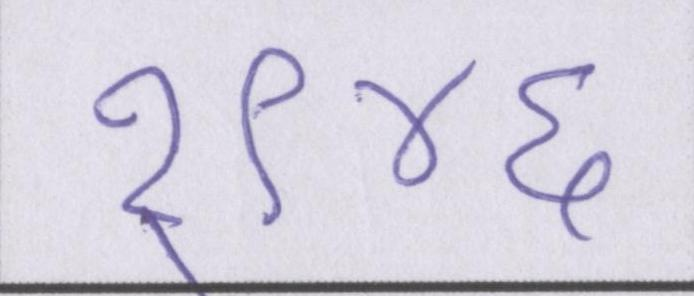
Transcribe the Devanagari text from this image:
१९४६